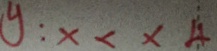
y : x < x 4